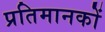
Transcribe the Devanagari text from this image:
प्रतिमानकों